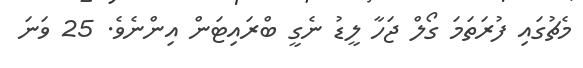
މެޗުގައި ފުރަތަމަ ގޯލް ޖަހާ ލީޑު ނެގީ ބްރައިޓަން އިންނެވެ. 25 ވަނަ